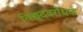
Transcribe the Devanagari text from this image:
विद्युदवरोधक